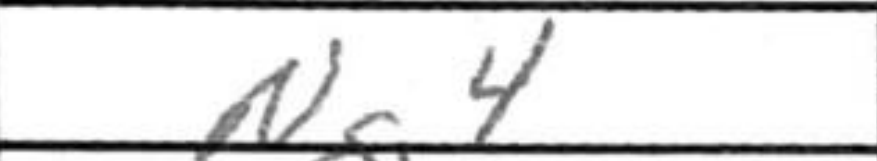
Transcription: Nc4